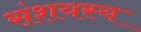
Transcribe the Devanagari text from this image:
संशयस्य